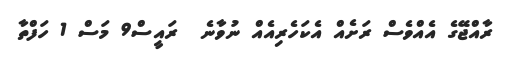
ރާއްޖޭގެ އެއްވެސް ރަށެއް އެކަހެރިއެއް ނުވާނެ  ރައީސް9 މަސް 1 ހަފްތާ